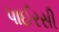
પાઈરસી